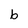
Character: b